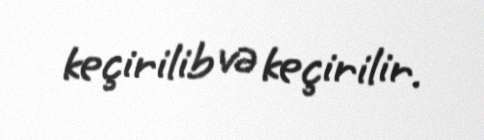
keçirilib və keçirilir.